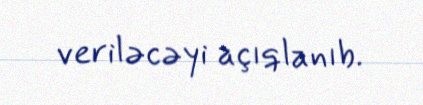
veriləcəyi açıqlanıb.